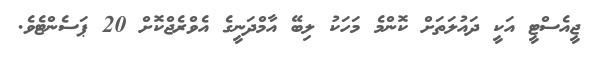
ޖީއެސްޓީ އަކީ ދައުލަތަށް ކޮންމެ މަހަކު ލިބޭ އާމްދަނީގެ އެވްރެޖްކޮށް 20 ޕަސެންޓެވެ.